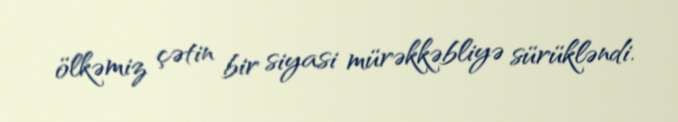
ölkəmiz çətin bir siyasi mürəkkəbliyə sürükləndi.